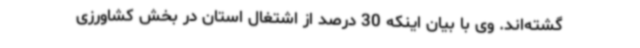
گشته‌اند. وی با بیان اینکه 30 درصد از اشتغال استان در بخش کشاورزی